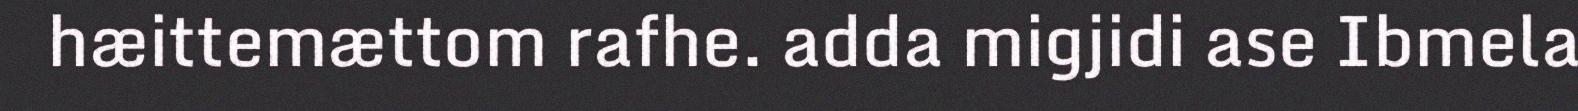
hæittemættom rafhe. adda migjidi ase Ibmela